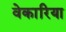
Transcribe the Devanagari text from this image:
वेकारिया